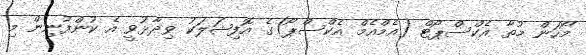
މޯހަން މުތާ އެކްސްޕޯޓް (އެމްއެމް އެކްސްޕޯ)ގެ އޮފިޝަލަކު ވިދާޅުވީ އެ ކުންފުނިން މި